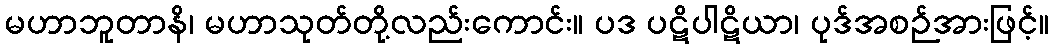
မဟာဘူတာနိ၊ မဟာသုတ်တို့လည်းကောင်း။ ပဒ ပဋိပါဋိယာ၊ ပုဒ်အစဉ်အားဖြင့်။